Report on vaccination in the Province of Bengal - 1874-1889
Year: 1874
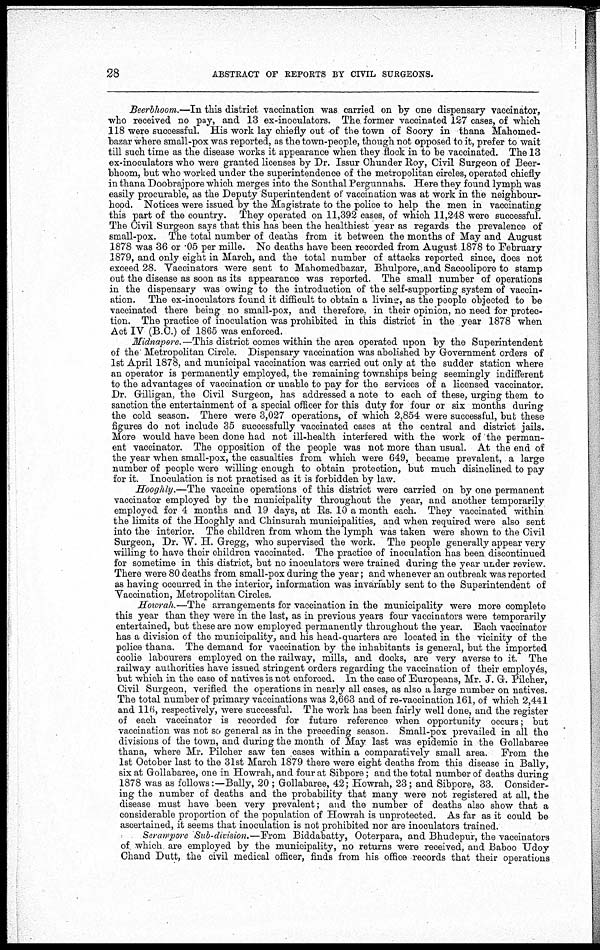
28
ABSTRACT OF REPORTS BY CIVIL SURGEONS.
Beerbhoom.—In this district vaccination was carried on by one dispensary vaccinator,
who received no pay, and 13 ex-inoculators. The former vaccinated 127 cases, of which
118 were successful. His work lay chiefly out of the town of Soory in thana Mahomed-
bazar where small-pox was reported, as the town-people, though not opposed to it, prefer to wait
till such time as the disease works it appearance when they flock in to be vaccinated. The 13
ex-inoculators who were granted licenses by Dr. Issur Chunder Roy, Civil Surgeon of Beer-
bhoom, but who worked under the superintendence of the metropolitan circles, operated chiefly
in thana Doobrajpore which merges into the Sonthal Pergunnahs. Here they found lymph was
easily procurable, as the Deputy Superintendent of vaccination was at work in the neighbour-
hood. Notices were issued by the Magistrate to the police to help the men in vaccinating
this part of the country. They operated on 11,392 cases, of which 11,248 were successful.
The Civil Surgeon says that this has been the healthiest year as regards the prevalence of
small-pox. The total number of deaths from it between the months of May and August
1878 was 36 or .05 per mille. No deaths have been recorded from August 1878 to February
1879, and only eight in March, and the total number of attacks reported since, does not
exceed 28. Vaccinators were sent to Mahomedbazar, Bhulpore, and Sacoolipore to stamp
out the disease as soon as its appearance was reported. The small number of operations
in the dispensary was owing to the introduction of the self-supporting system of vaccin-
ation. The ex-inoculators found it difficult to obtain a living, as the people objected to be
vaccinated there being no small-pox, and therefore, in their opinion, no need for protec-
tion. The practice of inoculation was prohibited in this district in the year 1878 when
Act IV (B.C.) of 1865 was enforced.
Midnapore. —This district comes within the area operated upon by the Superintendent
of the Metropolitan Circle. Dispensary vaccination was abolished by Government orders of
1st April 1878, and municipal vaccination was carried out only at the sudder station where
an operator is permanently employed, the remaining townships being seemingly indifferent
to the advantages of vaccination or unable to pay for the services of a licensed vaccinator.
Dr. Gilligan, the Civil Surgeon, has addressed a note to each of these, urging them to
sanction the entertainment of a special officer for this duty for four or six months during
the cold season. There were 3,027 operations, of which 2,854 were successful, but these
figures do not include 35 successfully vaccinated cases at the central and district jails.
More would have been done had not ill-health interfered with the work of the perman-
ent vaccinator. The opposition of the people was not more than usual. At the end of
the year when small-pox, the casualties from which were 649, became prevalent, a large
number of people were willing enough to obtain protection, but much disinclined to pay
for it. Inoculation is not practised as it is forbidden by law.
Hooghly.—The vaccine operations of this district were carried on by one permanent
vaccinator employed by the municipality throughout the year, and another temporarily
employed for 4 months and 19 days, at Rs. 10 a month each. They vaccinated within
the limits of the Hooghly and Chinsurah municipalities, and when required were also sent
into the interior. The children from whom the lymph was taken were shown to the Civil
Surgeon, Dr. W. H. Gregg, who supervised the work. The people generally appear very
willing to have their children vaccinated. The practice of inoculation has been discontinued
for sometime in this district, but no inoculators were trained during the year under review.
There were 80 deaths from small-pox during the year; and whenever an outbreak was reported
as having occurred in the interior, information was invariably sent to the Superintendent of
Vaccination, Metropolitan Circles.
Howrah.—The arrangements for vaccination in the municipality were more complete
this year than they were in the last, as in previous years four vaccinators were temporarily
entertained, but these are now employed permanently throughout the year. Each vaccinator
has a division of the municipality, and his head-quarters are located in the vicinity of the
police thana. The demand for vaccination by the inhabitants is general, but the imported
coolie labourers employed on the railway, mills, and docks, are very averse to it. The
railway authorities have issued stringent orders regarding the vaccination of their employés,
but which in the case of natives is not enforced. In the case of Europeans, Mr. J. G. Pilcher,
Civil Surgeon, verified the operations in nearly all cases, as also a large number on natives.
The total number of primary vaccinations was 2,663 and of re-vaccination 161, of which 2,441
and 116, respectively, were successful. The work has been fairly well done, and the register
of each vaccinator is recorded for future reference when opportunity occurs; but
vaccination was not so general as in the preceding season. Small-pox prevailed in all the
divisions of the town, and during the month of May last was epidemic in the Gollabaree
thana, where Mr. Pilcher saw ten cases within a comparatively small area. From the
1st October last to the 31st March 1879 there were eight deaths from this disease in Bally,
six at Gollabaree, one in Howrah, and four at Sibpore; and the total number of deaths during
1878 was as follows:—Bally, 20 ; Gollabaree, 42; Howrah, 23; and Sibpore, 33. Consider-
ing the number of deaths and the probability that many were not registered at all, the
disease must have been very prevalent; and the number of deaths also show that a
considerable proportion of the population of Howrah is unprotected. As far as it could be
ascertained, it seems that inoculation is not prohibited nor are inoculators trained.
Serampore Sub-division.—From Biddabatty, Ooterpara, and Bhudepur, the vaccinators
of which are employed by the municipality, no returns were received, and Baboo Udoy
Chand Dutt, the civil medical officer, finds from his office records that their operations